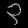
Digit: ၃